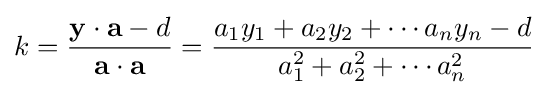
k={\dfrac {\mathbf {y} \cdot \mathbf {a} -d}{\mathbf {a} \cdot \mathbf {a} }}={\dfrac {a_{1}y_{1}+a_{2}y_{2}+\cdots a_{n}y_{n}-d}{a_{1}^{2}+a_{2}^{2}+\cdots a_{n}^{2}}}